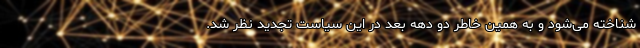
شناخته می‌شود و به همین خاطر دو دهه بعد در این سیاست تجدید نظر شد.